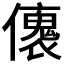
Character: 𠐤